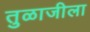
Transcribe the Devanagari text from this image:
तुळाजीला